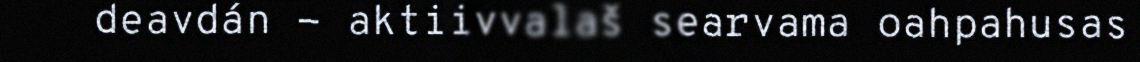
deavdán - aktiivvalaš searvama oahpahusas